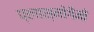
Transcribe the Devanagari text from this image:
प्लास्मोगैमी